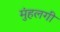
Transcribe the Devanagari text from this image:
मुंहलगी